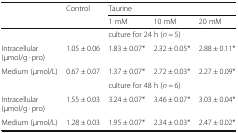
| <ROWSPAN=2>  | <ROWSPAN=2> Control | <COLSPAN=3> Taurine |
 | 1 mM | 10 mM | 20 mM |
 | --- | --- | --- | --- | --- |
 |  |  | <COLSPAN=3> culture for 24 h (n = 5) |
 | Intracellular (μmol/g · pro) | 1.05 ± 0.06 | 1.83 ± 0.07* | 2.32 ± 0.05* | 2.88 ± 0.11* |
 | Medium (μmol/L) | 0.67 ± 0.07 | 1.37 ± 0.07* | 2.72 ± 0.03* | 2.27 ± 0.09* |
 |  |  | <COLSPAN=3> culture for 48 h (n = 6) |
 | Intracellular (μmol/g · pro) | 1.55 ± 0.03 | 3.24 ± 0.07* | 3.46 ± 0.07* | 3.03 ± 0.04* |
 | Medium (μmol/L) | 1.28 ± 0.03 | 1.95 ± 0.07* | 2.34 ± 0.03* | 2.47 ± 0.02* |